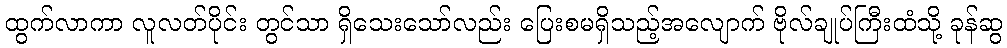
ထွက်လာကာ လူလတ်ပိုင်း တွင်သာ ရှိသေးသော်လည်း ပြေးစမရှိသည့်အလျောက် ဗိုလ်ချုပ်ကြီးထံသို့ ခုန်ဆွ